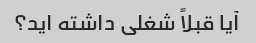
آیا قبلاً شغلی داشته اید؟